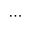
\cdots